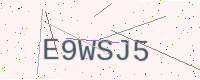
Text: E9WSJ5